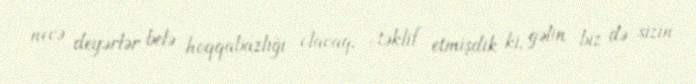
necə deyərlər belə hoqqabazlığı olacaq, -təklif etmişdik ki, gəlin biz də sizin